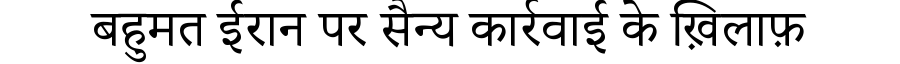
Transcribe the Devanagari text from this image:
बहुमत ईरान पर सैन्य कार्रवाई के ख़िलाफ़